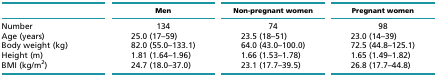
|  | Men | Non-pregnant women | Pregnant women |
 | --- | --- | --- | --- |
 | Number | 134 | 74 | 98 |
 | Age (years) | 25.0 (17–59) | 23.5 (18–51) | 23.0 (14–39) |
 | Body weight (kg) | 82.0 (55.0–133.1) | 64.0 (43.0–100.0) | 72.5 (44.8–125.1) |
 | Height (m) | 1.81 (1.64–1.96) | 1.66 (1.53–1.78) | 1.65 (1.49–1.82) |
 | BMI (kg/m2) | 24.7 (18.0–37.0) | 23.1 (17.7–39.5) | 26.8 (17.7–44.8) |